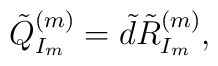
\tilde{Q}^{(m)}_{I_m}=\tilde{d}\tilde{R}^{(m)}_{I_m},